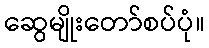
ဆွေမျိုးတော်စပ်ပုံ။